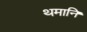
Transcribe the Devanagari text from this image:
थमानि